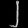
Digit: ၂